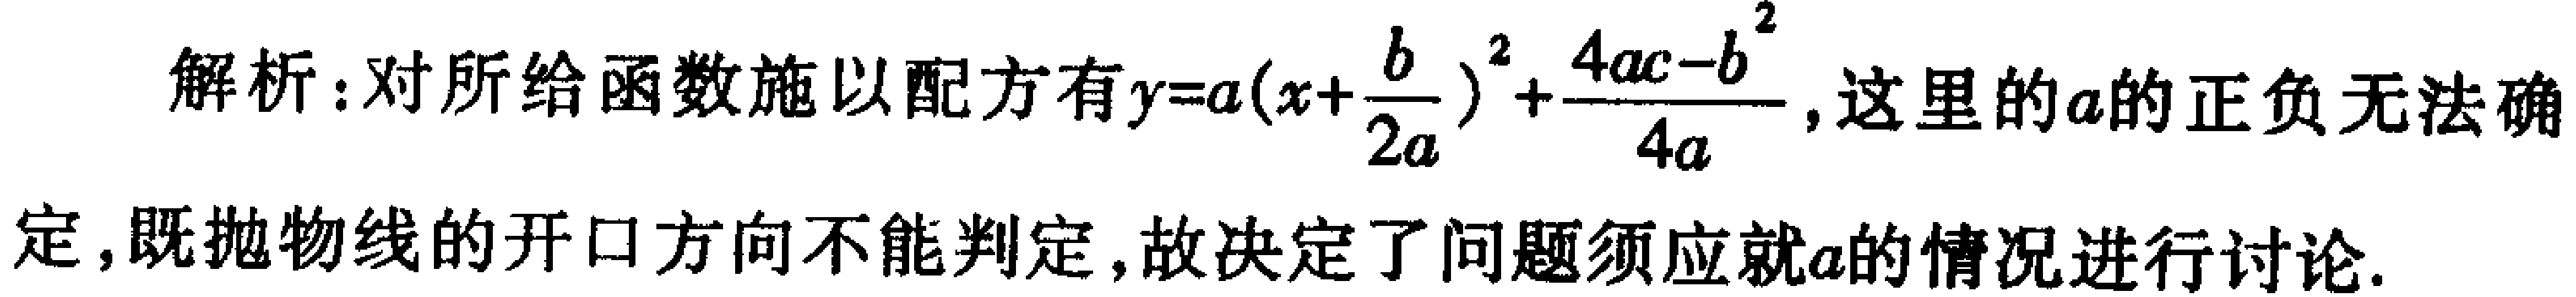
解析：对所给函数施以配方有\(y = a(x + \frac{b}{2a})^2 + \frac{4ac - b^2}{4a}\)，这里的\(a\)的正负无法确定，既抛物线的开口方向不能判定，故决定了问题须应就\(a\)的情况进行讨论.